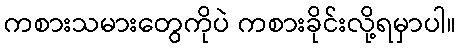
ကစားသမားတွေကိုပဲ ကစားခိုင်းလို့ရမှာပါ။